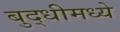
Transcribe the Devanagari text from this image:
बुद्धीमध्ये